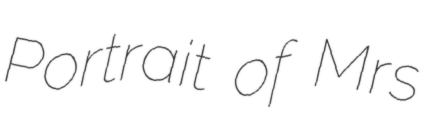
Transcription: Portrait of Mrs